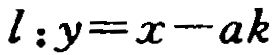
\(l:y = x - ak\)